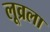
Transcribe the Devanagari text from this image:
लूव्रला